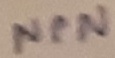
Text: NPN